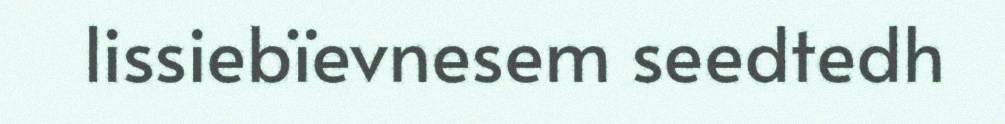
lissiebïevnesem seedtedh